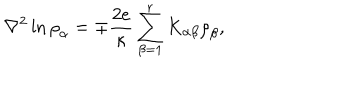
{ \nabla } ^ { 2 } \ln { { \rho } _ { \alpha } } = \mp { \frac { 2 e } { \kappa } } \sum _ { \beta = 1 } ^ { r } K _ { \alpha \beta } { \rho } _ { \beta } ,